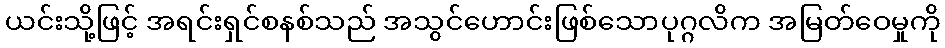
ယင်းသို့ဖြင့် အရင်းရှင်စနစ်သည် အသွင်ဟောင်းဖြစ်သောပုဂ္ဂလိက အမြတ်ဝေမှုကို